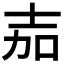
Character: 𭐒